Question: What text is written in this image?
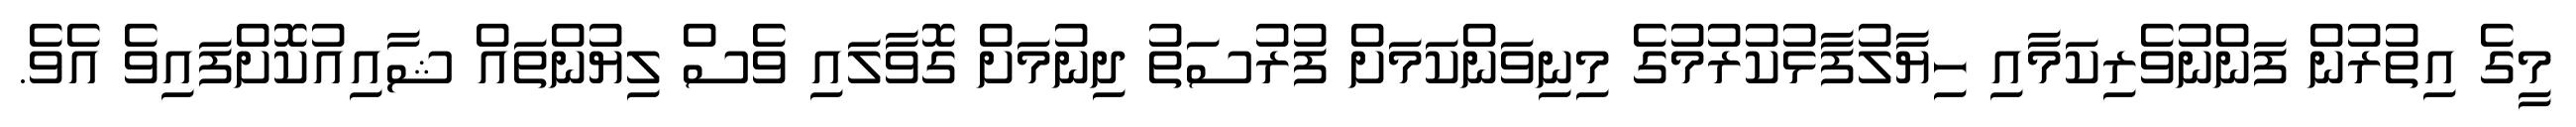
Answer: މީގެ އިތުރުން ފަންނުވެރިކަމާއި ހިޔާލުފާޅުކުރުމުގެ މިނިވަންކަމަށް ފުރުސަތު ދިނުމަށް ގޮވާލައި ވެސް ލިޔުންތައް ޝާއިއުކޮށްފައިވެ އެވެ.